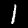
Label: 1